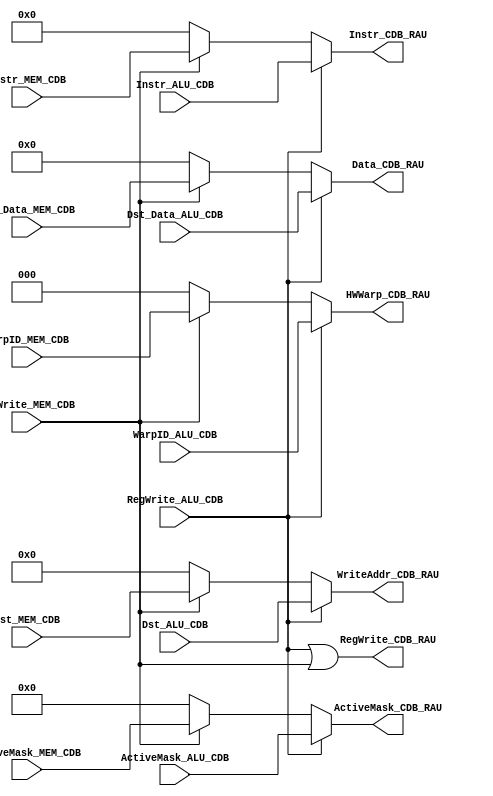
module CDB(
    input wire [2:0] WarpID_ALU_CDB, 
    input wire RegWrite_ALU_CDB,
    input wire [4:0] Dst_ALU_CDB,
    input wire [255:0] Dst_Data_ALU_CDB,
    input wire [31:0] Instr_ALU_CDB,
    input wire [7:0] ActiveMask_ALU_CDB,

    input wire [2:0] WarpID_MEM_CDB, 
    input wire RegWrite_MEM_CDB,
    input wire [4:0] Dst_MEM_CDB,
    input wire [255:0] Dst_Data_MEM_CDB,
    input wire [31:0] Instr_MEM_CDB,
    input wire [7:0] ActiveMask_MEM_CDB,

    output reg [2:0] HWWarp_CDB_RAU,
    output wire RegWrite_CDB_RAU,
    output reg [4:0] WriteAddr_CDB_RAU,
    output reg [255:0] Data_CDB_RAU,
    output reg [31:0] Instr_CDB_RAU,
    output reg [7:0] ActiveMask_CDB_RAU
);

assign RegWrite_CDB_RAU = RegWrite_ALU_CDB | RegWrite_MEM_CDB;

always @ (*)
begin
    if (RegWrite_ALU_CDB == 1)
    begin
        WriteAddr_CDB_RAU = Dst_ALU_CDB;
        HWWarp_CDB_RAU = WarpID_ALU_CDB;
        Data_CDB_RAU = Dst_Data_ALU_CDB;
        Instr_CDB_RAU = Instr_ALU_CDB;
        ActiveMask_CDB_RAU = ActiveMask_ALU_CDB;
    end
    else if (RegWrite_MEM_CDB == 1)
    begin
        WriteAddr_CDB_RAU = Dst_MEM_CDB;
        HWWarp_CDB_RAU = WarpID_MEM_CDB;
        Data_CDB_RAU = Dst_Data_MEM_CDB;
        Instr_CDB_RAU = Instr_MEM_CDB;
        ActiveMask_CDB_RAU = ActiveMask_MEM_CDB;
    end
    else
    begin
        WriteAddr_CDB_RAU = 0;
        HWWarp_CDB_RAU = 0;
        Data_CDB_RAU = 0;
        Instr_CDB_RAU = 0;
        ActiveMask_CDB_RAU = 0;
    end
end



endmodule